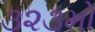
૩૨૩મો